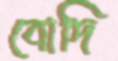
বোদি